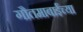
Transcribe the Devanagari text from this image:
गौतमाबाईंच्या